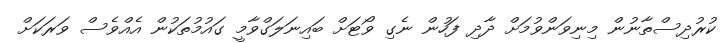
ކުރުދިސްތާނުން މިނިވަންވުމަށް ދާދި ފަހުން ނެގި ވޯޓަށް ބައިނަލަގްވާމީ ގައުމުތަކުން އެއްވެސް ވަރަކަށް